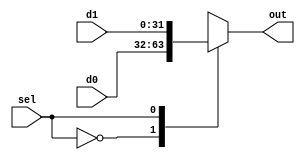
  module performance_mux_2to1_w32_ws1 ( 
d0,
 d1,
 sel,
 out);
input [31:0] d0;
input [31:0] d1;
input  sel;
output [31:0] out;

reg [31:0] out;
always  @(sel or d0 or d1)
begin
case (sel)
1'b0 : out = d0;
1'b1 : out = d1;
endcase
end

endmodule